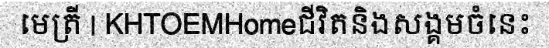
មេត្រី | KHTOEMHomeជីវិតនិងសង្គមចំនេះ